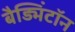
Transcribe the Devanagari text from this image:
बैड्मिंटॉन